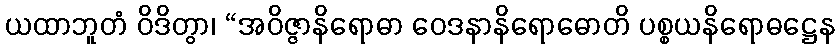
ယထာဘူတံ ဝိဒိတွာ၊ “အဝိဇ္ဇာနိရောဓာ ဝေဒနာနိရောဓောတိ ပစ္စယနိရောဓဋ္ဌေန